Calcutta medical institutions reports 1879-81 [i.e.91]
Year: 1879
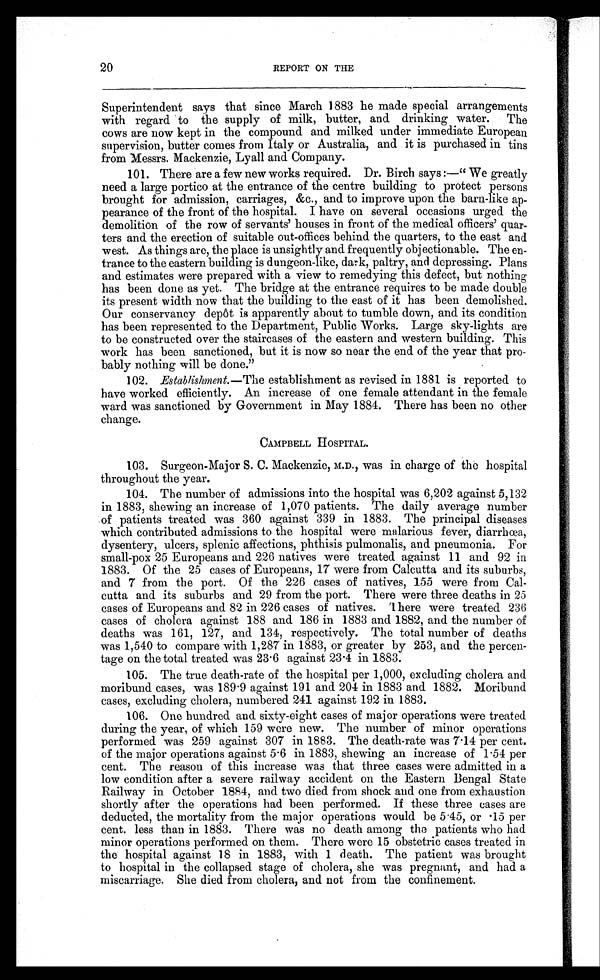
20
REPORT ON THE
Superintendent says that since March 1883 he made special arrangements
with regard to the supply of milk, butter, and drinking water. The
cows are now kept in the compound and milked under immediate European
supervision, butter comes from Italy or Australia, and it is purchased in tins
from Messrs. Mackenzie, Lyall and Company.
101. There are a few new works required. Dr. Birch says :—“We greatly
need a large portico at the entrance of the centre building to protect persons
brought for admission, carriages, &c., and to improve upon the barn-like ap--
pearance of the front of the hospital. I have on several occasions urged the
demolition of the row of servants' houses in front of the medical officers' quar--
ters and the erection of suitable out-offices behind the quarters, to the east and
west. As things are, the place is unsightly and frequently objectionable. The en--
trance to the eastern building is dungeon-like, dark, paltry, and depressing. Plans
and estimates were prepared with a view to remedying this defect, but nothing
has been done as yet. The bridge at the entrance requires to be made double
its present width now that the building to the east of it has been demolished.
Our conservancy depôt is apparently about to tumble down, and its condition
has been represented to the Department, Public Works. Large sky-lights are
to be constructed over the staircases of the eastern and western building. This
work has been sanctioned, but it is now so near the end of the year that pro--
bably nothing will be done.”
102. Establishment.— The establishment as revised in 1881 is reported to
have worked efficiently. An increase of one female attendant in the female
ward was sanctioned by Government in May 1884. There has been no other
change.
CAMPBELL HOSPITAL.
103. Surgeon-Major S. C. Mackenzie, M.D., was in charge of the hospital
throughout the year.
104. The number of admissions into the hospital was 6,202 against 5,132
in 1883, shewing an increase of 1,070 patients. The daily average number
of patients treated was 360 against 339 in 1883. The principal diseases
which contributed admissions to the hospital were malarious fever, diarrhœa,
dysentery, ulcers, splenic affections, phthisis pulmonalis, and pneumonia. For
small-pox 25 Europeans and 226 natives were treated against 11 and 92 in
1883. Of the 25 cases of Europeans, 17 were from Calcutta and its suburbs,
and 7 from the port. Of the 226 cases of natives, 155 were from Cal-
cutta and its suburbs and 29 from the port. There were three deaths in 25
cases of Europeans and 82 in 226 cases of natives. There were treated 236
cases of cholera against 188 and 186 in 1883 and 1882, and the number of
deaths was 161, 127, and 134, respectively. The total number of deaths
was 1,540 to compare with 1,287 in 1883, or greater by 253, and the percen-
tage on the total treated was 23.6 against 23.4 in 1883.
105. The true death-rate of the hospital per 1,000, excluding cholera and
moribund cases, was 189.9 against 191 and 204 in 1883 and 1882. Moribund
cases, excluding cholera, numbered 241 against 192 in 1883.
106. One hundred and sixty-eight cases of major operations were treated
during the year, of which 159 were new. The number of minor operations
performed was 259 against 307 in 1883. The death-rate was 7.14 per cent.
of the major operations against 5.6 in 1883, shewing an increase of 1.54 per
cent. The reason of this increase was that three cases were admitted in a
low condition after a severe railway accident on the Eastern Bengal State
Railway in October 1884, and two died from shock and one from exhaustion
shortly after the operations had been performed. If these three cases are
deducted, the mortality from the major operations would be 5.45, or 15 per
cent. less than in 1883. There was no death among the patients who had
minor operations performed on them. There were 15 obstetric cases treated in
the hospital against 18 in 1883, with 1 death. The patient was brought
to hospital in the collapsed stage of cholera, she was pregnant, and had a
miscarriage. She died from cholera, and not from the confinement.